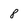
Character: 8